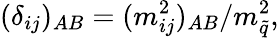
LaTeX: (\delta_{ij})_{AB}={(m_{ij}^{2})_{AB}/m_{\tilde{q}}^{2}},